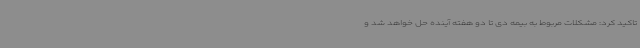
تاکید کرد: مشکلات مربوط به بیمه دی تا دو هفته آینده حل خواهد شد و